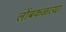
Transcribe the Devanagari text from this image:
लोंबकळत्या